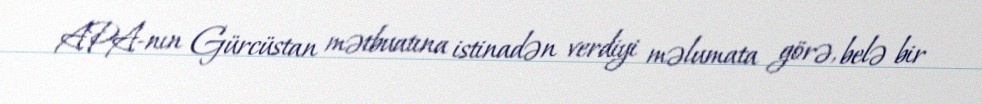
APA-nın Gürcüstan mətbuatına istinadən verdiyi məlumata görə, belə bir